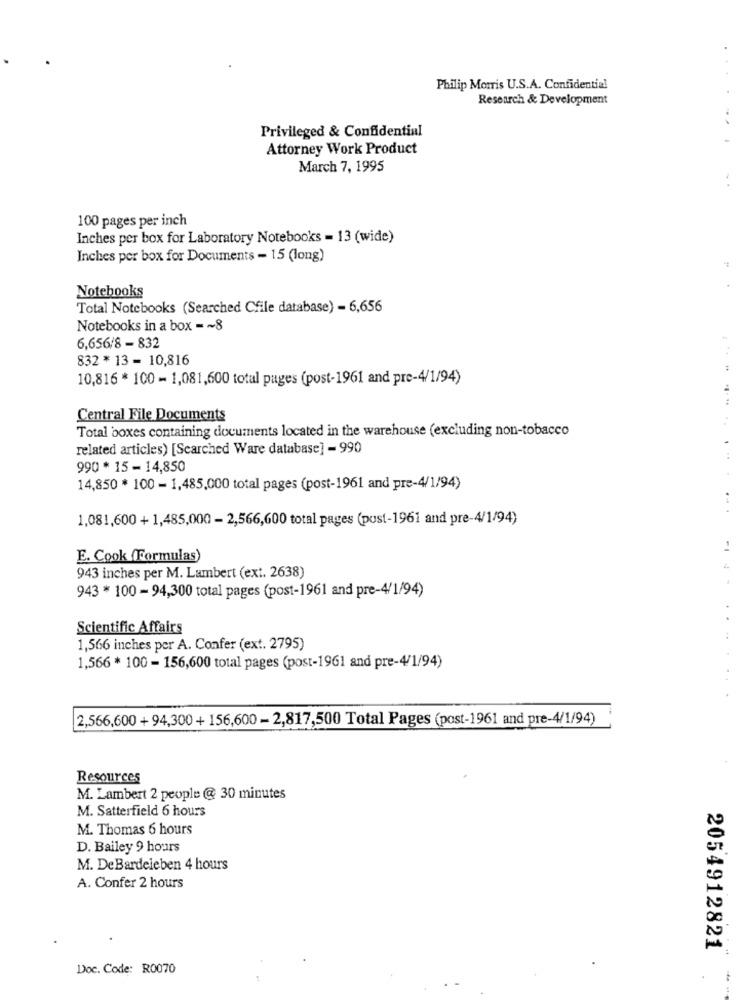
Philip Morris U.S.A. Confidential
Research & Development
Privileged & Confidential
Attorney Work Product
March 7, 1995
100 pages per inch
Inches per box for Laboratory Notebooks = 13 (wide)
Inches per box for Documents - 15 (long)
Notebooks
Total Notebooks (Searched Cfile database) - 6,656
Notebooks in a box -~ 8
6,656/8 - 832
832 * 13 = 10,816
10,816 * 100 - 1,081,600 total pages (post-1961 and pre-4/1/94)
Central File Documents
Total boxes containing documents located in the warehouse (excluding non-tobacco
related articles) [Searched Ware database] - 990
990 * 15 -14,850
14,850 * 100 - 1,485,000 total pages (post-1961 and pre-4/1/94)
1,081,600 + 1,485,000 - 2,566,600 total pages (pust-1961 and pre-4/1/94)
E. Cook (Formulas)
943 inches per M. Lambert (ext. 2638)
943 * 100 - 94,300 total pages (post-1961 and pre-4/1/94)
Scientific Affairs
1,566 inches per A. Confer (ext. 2795)
1,566 * 100 - 156,600 total pages (post-1961 and pre-4/1/94)
2,566,600 + 94,300 + 156,600 - 2,817,500 Total Pages (post-1961 and pre-4/1/94)
Resources
M. Lambert 2 people @ 30 minutes
M. Satterfield 6 hours
M. Thomas 6 hours
D. Bailey 9 hours
M. DeBardeleben 4 hours
A. Confer 2 hours
2054912821
Doc. Code: R0070